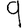
Digit: 9